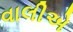
વાલીએ